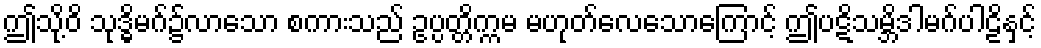
ဤသို့ဝိ သုဒ္ဓိမဂ်၌လာသော စကားသည် ဥပ္ပတ္တိက္ကမ မဟုတ်လေသောကြောင့် ဤပဋိသမ္ဘိဒါမဂ်ပါဠိနှင့်